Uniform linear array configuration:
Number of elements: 64
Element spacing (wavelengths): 1
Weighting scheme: blackman
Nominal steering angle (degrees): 60
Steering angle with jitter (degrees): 59.149
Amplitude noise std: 0.05
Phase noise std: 0.05

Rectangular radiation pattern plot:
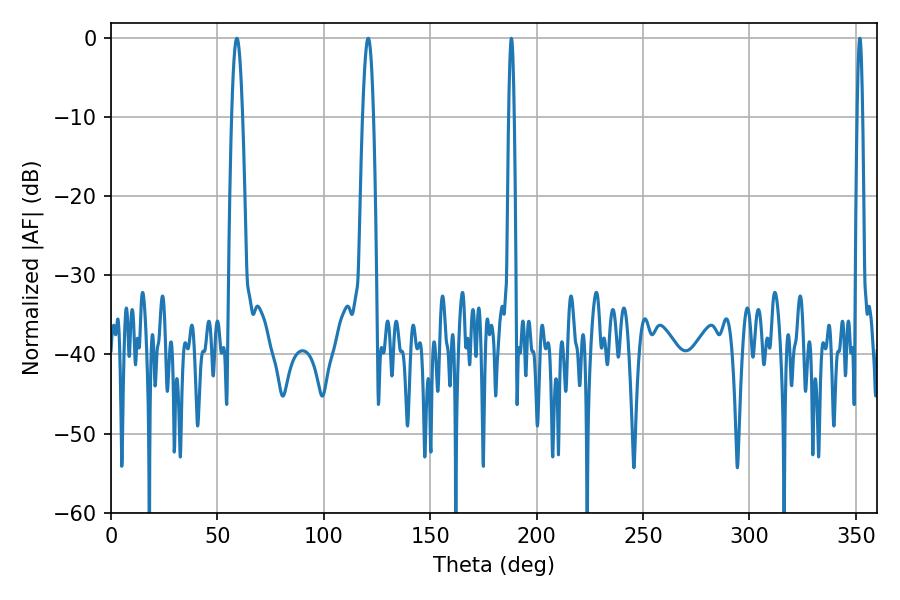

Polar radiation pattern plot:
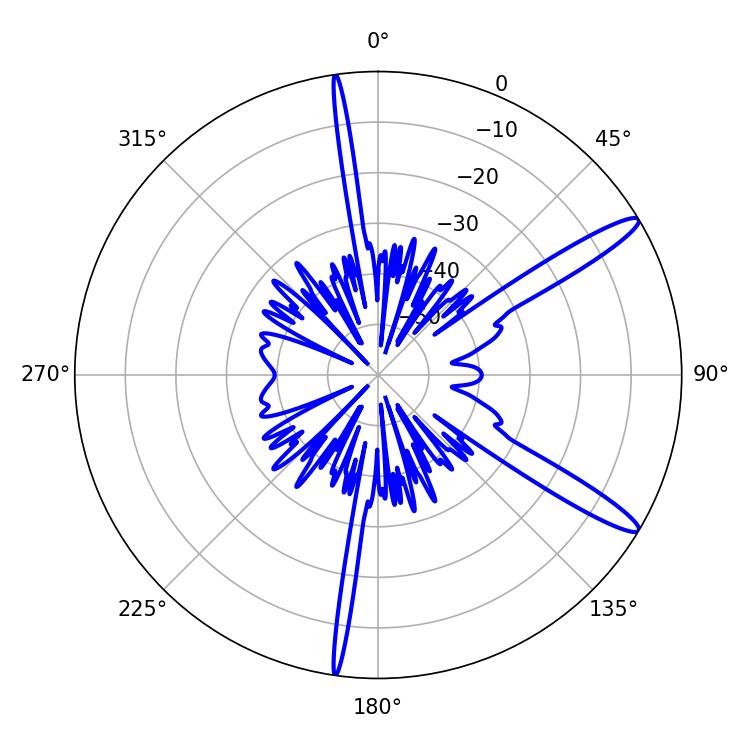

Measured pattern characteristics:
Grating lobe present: TRUE
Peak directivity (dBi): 13.739
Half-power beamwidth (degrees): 1.44
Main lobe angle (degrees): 188.1